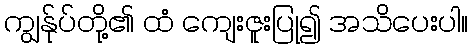
ကျွန်ုပ်တို့၏ ထံ ကျေးဇူးပြု၍ အသိပေးပါ။